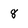
Character: 8